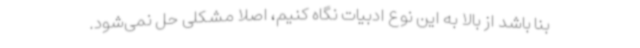
بنا باشد از بالا به این نوع ادبیات نگاه کنیم، اصلا مشکلی حل نمی‌شود.